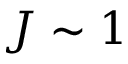
J \sim 1